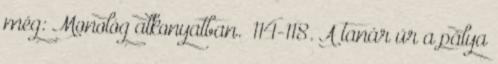
még: Monológ alkonyatban. –114-118. A tanár úr a pálya